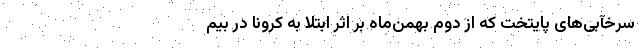
سرخآبی‌های پایتخت که از دوم بهمن‌ماه بر اثر ابتلا به کرونا در بیم